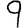
Digit: 9